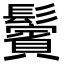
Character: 鬢